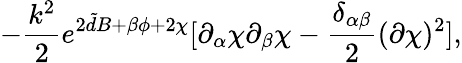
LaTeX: -\frac{k^{2}}{2}e^{2{\tilde{d}}B+\beta\phi+2\chi}[\partial_{\alpha}\chi\partial_{\beta}\chi-\frac{\delta_{\alpha\beta}}{2}(\partial\chi)^{2}],